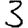
Digit: 3